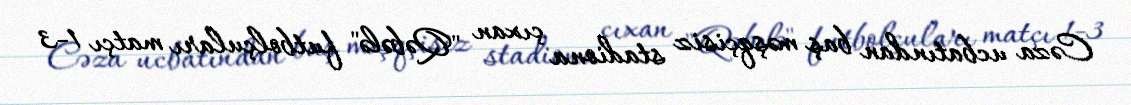
Cəza ucbatından baş məşqçisiz stadiona çıxan "Qəbələ" futbolçuları matçı 1-3